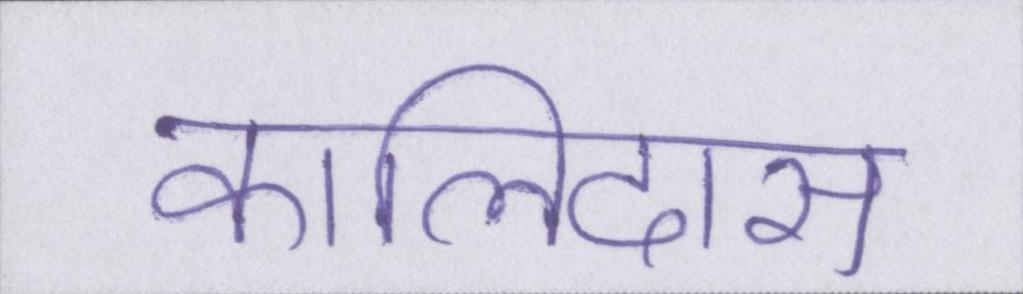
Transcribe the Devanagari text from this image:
कालिदास